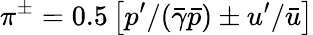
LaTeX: \pi^{\pm}=0.5\left[{p^{\prime}}/{(\bar{\gamma}\bar{p})}\pm{u^{\prime}}/{\bar{u}}\right]